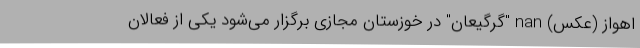
اهواز (عکس) nan "گرگیعان" در خوزستان مجازی برگزار می‌شود یکی از فعالان